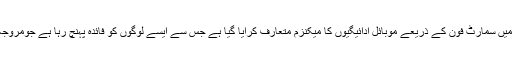
ڈاکٹرعمر سیف نے کہا کہ افریقی ممالک میں سمارٹ فون کے ذریعے موبائل ادائیگیوں کا میکنزم متعارف کرایا گیا ہے جس سے ایسے لوگوں کو فائدہ پہنچ رہا ہے جومروجہ بینکنگ کے متحمل نہیں ہو سکتے تھے۔